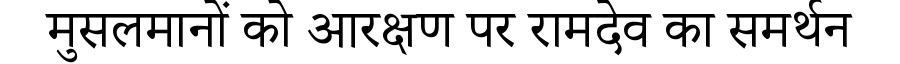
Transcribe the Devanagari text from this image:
मुसलमानों को आरक्षण पर रामदेव का समर्थन